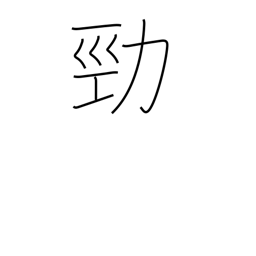
Meaning: strong